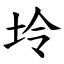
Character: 坽